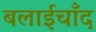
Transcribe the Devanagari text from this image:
बलाईचाँद